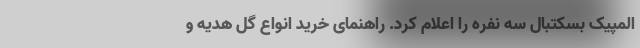
المپیک بسکتبال سه نفره را اعلام کرد. راهنمای خرید انواع گل هدیه و